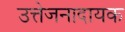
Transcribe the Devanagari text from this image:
उत्तेजनादायक